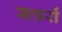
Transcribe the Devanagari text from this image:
सत्ररों